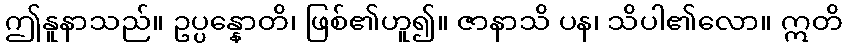
ဤနူနာသည်။ ဥပ္ပန္နောတိ၊ ဖြစ်၏ဟူ၍။ ဇာနာသိ ပန၊ သိပါ၏လော။ ဣတိ